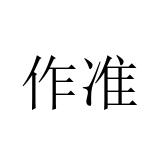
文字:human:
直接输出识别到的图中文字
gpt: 作准